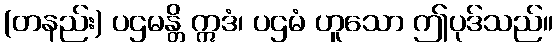
(တနည်း) ပဌမန္တိ ဣဒံ၊ ပဌမံ ဟူသော ဤပုဒ်သည်။